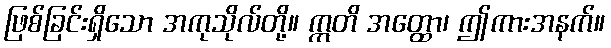
ဖြစ်ခြင်းရှိသော အကုသိုလ်တို့။ ဣတိ အတ္ထော၊ ဤကားအနက်။